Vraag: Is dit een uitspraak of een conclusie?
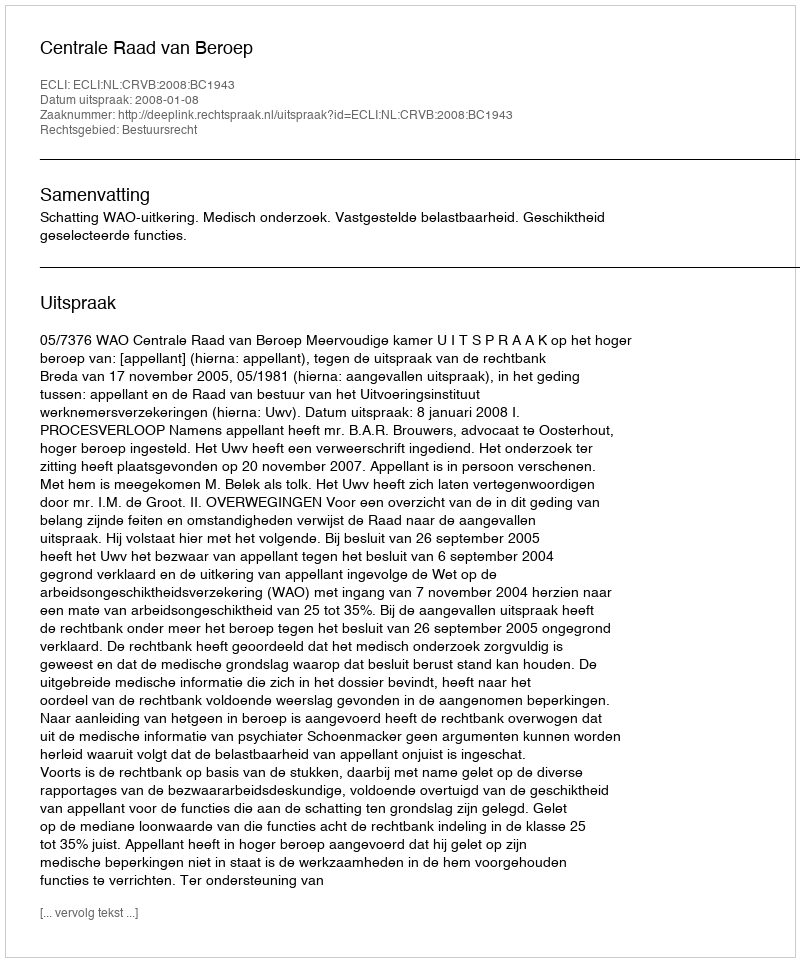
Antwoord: Uitspraak